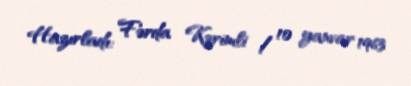
Hazırladı: Fərda Kərimli / 10 yanvar 1963